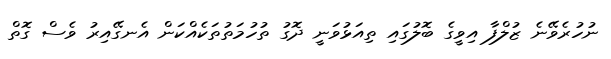
ނުހުރެވޭނެ ޒުލްފާ އިވީގެ ބޮލުގައި ތިއަޅުވަނީ ދޮގު ތުހުމަތުތަކެއްކަން އެނގޭއިރު ވެސް ގޮތް